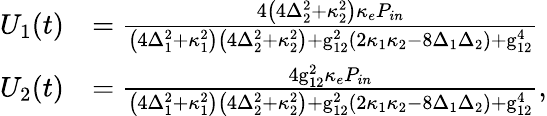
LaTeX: \begin{array}{rl}{U_{1}(t)}&{=\frac{4\left(4\Delta_{2}^{2}+\kappa_{2}^{2}\right)\kappa_{e}P_{in}}{\left(4\Delta_{1}^{2}+\kappa_{1}^{2}\right)\left(4\Delta_{2}^{2}+\kappa_{2}^{2}\right)+\mathrm{g}_{12}^{2}\left(2\kappa_{1}\kappa_{2}-8\Delta_{1}\Delta_{2}\right)+\mathrm{g}_{12}^{4}}}\\ {U_{2}(t)}&{=\frac{4\mathrm{g}_{12}^{2}\kappa_{e}P_{in}}{\left(4\Delta_{1}^{2}+\kappa_{1}^{2}\right)\left(4\Delta_{2}^{2}+\kappa_{2}^{2}\right)+\mathrm{g}_{12}^{2}\left(2\kappa_{1}\kappa_{2}-8\Delta_{1}\Delta_{2}\right)+\mathrm{g}_{12}^{4}},}\end{array}